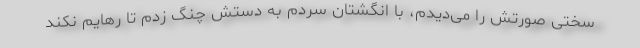
سختی صورتش را می‌دیدم، با انگشتان سردم به دستش چنگ زدم تا رهایم نکند